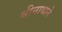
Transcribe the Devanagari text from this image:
श्रीनाथाने